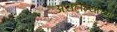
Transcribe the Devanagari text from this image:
असलेल्यांच्या